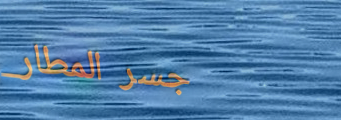
جسر المطار